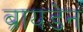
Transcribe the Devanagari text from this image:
ब्रायडेन